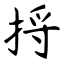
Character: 捋